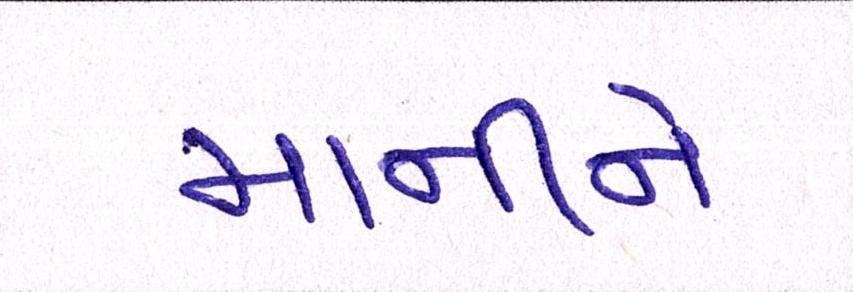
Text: માનીને